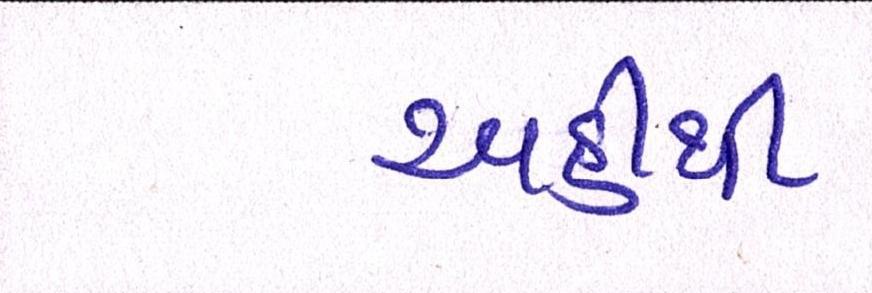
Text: અહીંથી